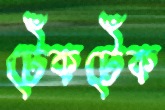
টেঁকটেঁক